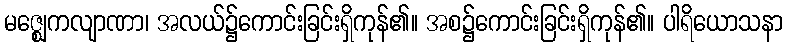
မဇ္ဈေကလျာဏာ၊ အလယ်၌ကောင်းခြင်းရှိကုန်၏။ အစ၌ကောင်းခြင်းရှိကုန်၏။ ပါရိယောသနာ